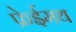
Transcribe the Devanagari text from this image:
फ्रेईमथ